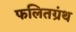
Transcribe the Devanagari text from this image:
फलितग्रंथ